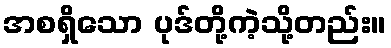
အစရှိသော ပုဒ်တို့ကဲ့သို့တည်း။